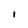
Character: I